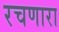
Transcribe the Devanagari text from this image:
रचणारा